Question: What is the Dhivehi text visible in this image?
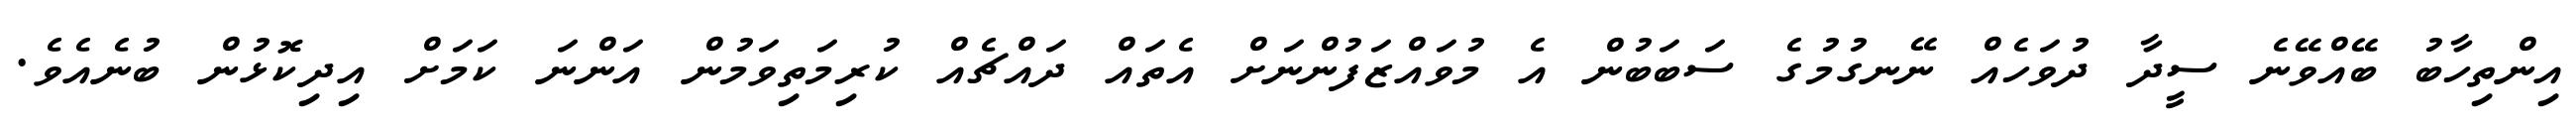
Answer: އިންތިހާބު ބޭއްވޭނެ ސީދާ ދުވަހެއް ނޭނގުމުގެ ސަބަބުން އެ މުވައްޒަފުންނަށް އެތައް ދައްޗެއް ކުރިމަތިވަމުން އަންނަ ކަމަށް އިދިކޮޅުން ބުނެއެވެ.